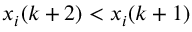
x _ { i } ( k + 2 ) < x _ { i } ( k + 1 )